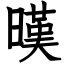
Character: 暵